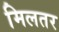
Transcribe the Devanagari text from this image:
मिलतर